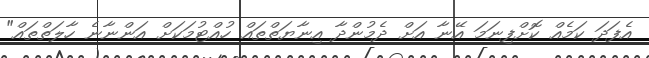
އެފަދަ ކަމެއް ކޮށްފިނަމަ އޭނާ އަށް ދެމުންދާ އިނާޔަތްތައް ހުއްޓުމަކަށް އަންނާނެ ހާލަތްތައް"